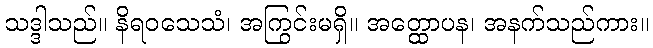
သဒ္ဒါသည်။ နိရဝသေသံ၊ အကြွင်းမရှိ။ အတ္ထောပန၊ အနက်သည်ကား။